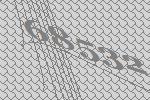
68532